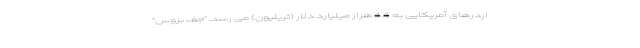
اردرهای آمریکایی به 4.4 هزار میلیارد دلار (تریلیون) می رسد. "جف بزوس"